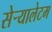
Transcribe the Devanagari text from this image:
सेर्‍यालेटम